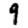
Digit: 9